Annual report on the working of the lock hospitals in the North-Western Provinces and Oudh
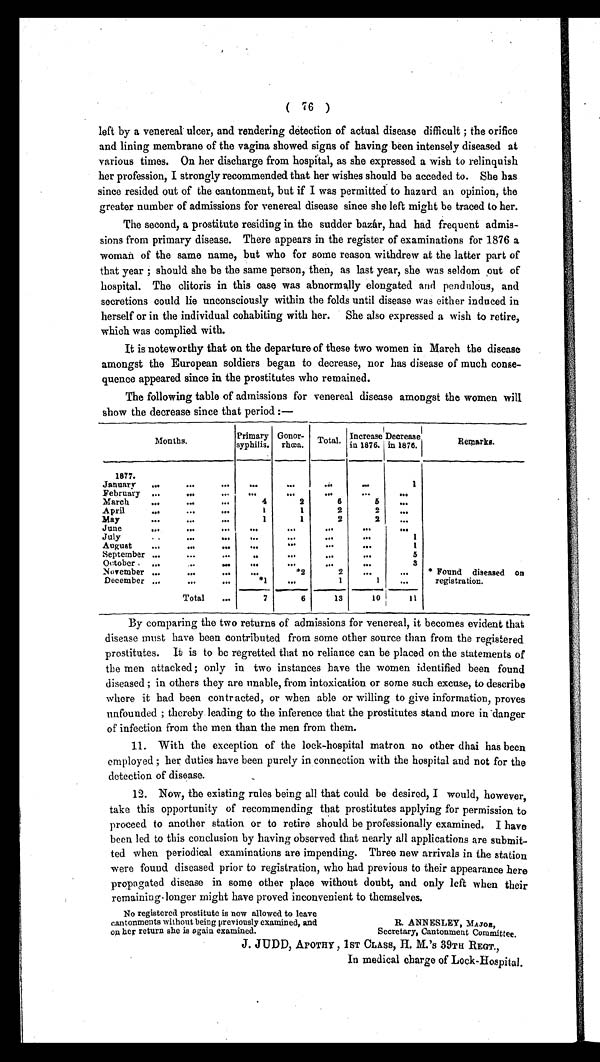
( 76 )
left by a venereal ulcer, and rendering detection of actual disease difficult ; the orifice
and lining membrane of the vagina showed signs of having been intensely diseased at
various times. On her discharge from hospital, as she expressed a wish to relinquish
her profession, I strongly recommended that her wishes should be acceded to. She has
since resided out of the cantonment, but if I was permitted to hazard an opinion, the
greater number of admissions for venereal disease since she left might be traced to her.
The second, a prostitute residing in the sudder bazar, had had frequent admis-
sions from primary disease. There appears in the register of examinations for 1876 a
woman of the same name, but who for some reason withdrew at the latter part of
that year ; should she be the same person, then, as last year, she was seldom out of
hospital. The clitoris in this case was abnormally elongated and pendulous, and
secretions could lie unconsciously within the folds until disease was either induced in
herself or in the individual cohabiting with her. She also expressed a wish to retire,
which was complied with.
It is noteworthy that on the departure of these two women in March the disease
amongst the European soldiers began to decrease, nor has disease of much conse-
quence appeared since in the prostitutes who remained.
The following table of admissions for venereal disease amongst the women will
show the decrease since that period :—
Months.
Primary
syphilis.
Gonor-
rhœa.
Total. Increase in 1876.
Decrease in 1876.
Remarks.
1877.
* Found diseased on
registration.
January
...
... ...
. . .
. . .
. . .
. . .
1
February ...
. . .
. . .
. . .
. . .
. . .
. . .
March
...
...
...
4
2
6
5
. . .
April
...
... ...
1
1
2
2
. . .
May
...
...
...
1
1
2
2
. . .
June
... •••
...
. . .
. . .
. . .
. . .
. . .
July
...
..•
. . .
. . .
. . .
. . .
1
August
...
... ...
. . .
. . .
. . .
. . .
1
September ...
...
••.
. . .
. . .
. . .
. . .
5
October , ...
...
...
. . .
. . .
. . .
. . .
3
November ...
... ...
. . .
*2
2
. . . ...
December ...
... ...
*1
. . .
1
1
. . .
Total
•••
7
6
13
10 i11
By comparing the two returns of admissions for venereal, it becomes evident that
disease must have been contributed from some other source than from the registered
prostitutes. It is to be regretted that no reliance can be placed on the statements of
the men attacked; only in two instances have the women identified been found
diseased ; in others they are unable, from intoxication or some such excuse, to describe
where it had been contr acted, or when able or willing to give information, proves
unfounded ; thereby leading to the inference that the prostitutes stand more in 'danger
of infection from the men than the men from them.
11. With the exception of the lock-hospital matron no other dhai has been
employed ; her duties have been purely in connection with the hospital and not for the
detection of disease.
12. Now, the existing rules being all that could be desired, I would, however,
take this opportunity of recommending that prostitutes applying for permission to
proceed to another station or to retire should be professionally examined. I have
been led to this conclusion by having observed that nearly all applications are submit-
ted when periodical examinations are impending. Three new arrivals in the station
were found diseased prior to registration, who had previous to their appearance here
propagated disease in some other place without doubt, and only left when their
remaining longer might have proved inconvenient to themselves.
No registered prostitute is now allowed to leave
cantonments without being previously examined, and
R. ANNESLEY, MAJOR,
on her return she is again examined.
Secretary, Cantonment Committee.
J. JUDD, APOTRY , 1ST CLASS, H. M.'s 39TH REGT.,
In medical charge of Lock-Hospital.